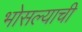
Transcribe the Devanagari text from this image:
भोसल्याची